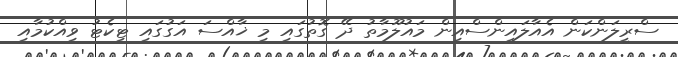
ސްރީލަންކަން އެއާލައިންސްއިން މައުލޫމާތު ދޭ ގޮތުގައި މި ޚާއްސަ އަގުގައި ޓިކެޓު ވިއްކުމާއި